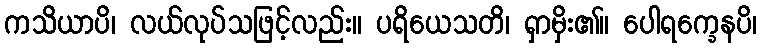
ကသိယာပိ၊ လယ်လုပ်သဖြင့်လည်း။ ပရိယေသတိ၊ ရှာမှိး၏။ ပေါရက္ခေနပိ၊